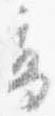
高